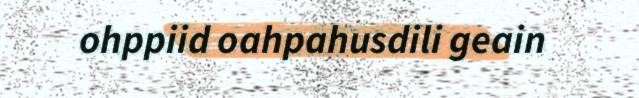
ohppiid oahpahusdili geain